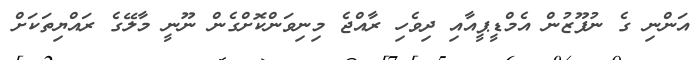
އަންނި ގެ ނުފޫޒުން އެމްޑީޕީއާއި ދިވެހި ރާއްޖެ މިނިވަންކޮށްގެން ނޫނީ މާލޭގެ ރައްޔިތަކަށް